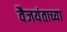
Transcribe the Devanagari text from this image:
वैजयंताच्या